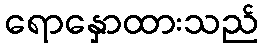
ရောနှောထားသည်